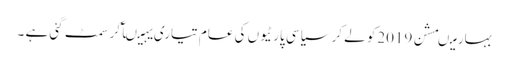
بہار میںمشن 2019کو لے کر سیاسی پارٹیوں کی عام تیاری یہیںآکر سمٹ گئی ہے ۔